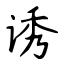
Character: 诱